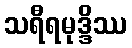
သရီရမုဒ္ဒိဿ